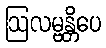
ဩလမ္ဗန္တိပေ